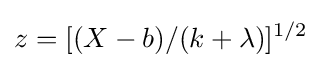
z=[(X-b)/(k+\lambda )]^{1/2}